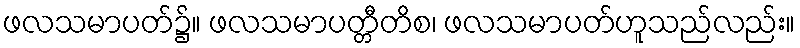
ဖလသမာပတ်၌။ ဖလသမာပတ္တီတိစ၊ ဖလသမာပတ်ဟူသည်လည်း။